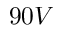
9 0 V